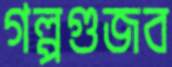
গল্পগুজব